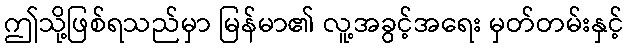
ဤသို့ဖြစ်ရသည်မှာ မြန်မာ၏ လူ့အခွင့်အရေး မှတ်တမ်းနှင့်